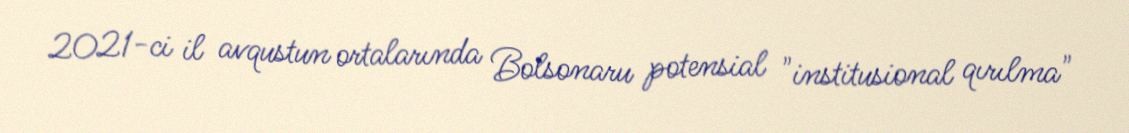
2021-ci il avqustun ortalarında Bolsonaru potensial "institusional qırılma"